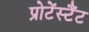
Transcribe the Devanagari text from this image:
प्रोटेंस्टैंट